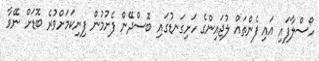
ހޯސްލާފައި އައި ފެންތައް ލުޖައިންގެ ހަށިގަނޑުގައި ބޮސްދޭން ފެށުމުން ފިނިކަމަށްވުރެ ބޮޑަށް ނޭވާ